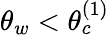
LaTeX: \theta_{w}<\theta_{c}^{(1)}